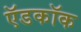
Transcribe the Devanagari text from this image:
ऍडकॉक